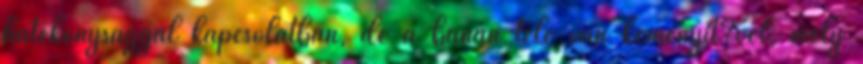
hatékonysággal kapcsolatban, de a banán tele van keményít?vel, mely